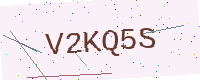
Text: V2KQ5S